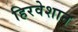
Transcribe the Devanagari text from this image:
हिरवेशान